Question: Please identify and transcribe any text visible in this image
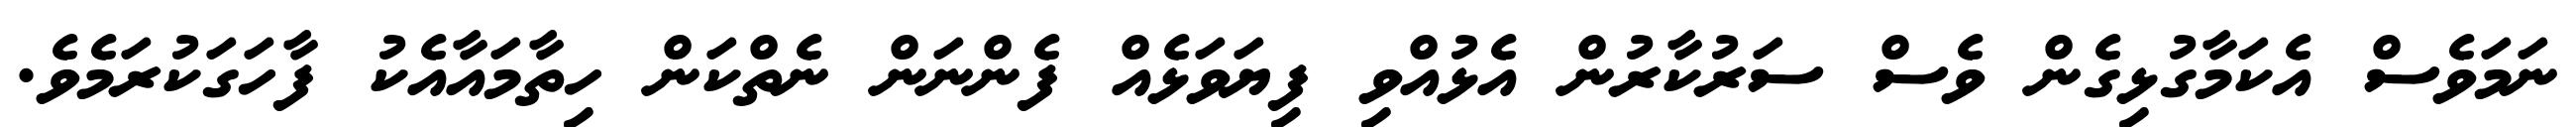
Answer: ނަމަވެސް އެކަމާގުޅިގެން ވެސް ސަރުކާރުން އެޅުއްވި ފިޔަވަޅެއް ފެންނަން ނެތްކަން ހިތާމައާއެކު ފާހަގަކުރަމެވެ.